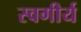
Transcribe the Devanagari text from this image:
स्वगीर्य